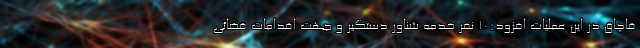
قاچاق در این عملیات افزود:10 نفر خدمه شناور دستگیر و جهت اقدامات قضائی